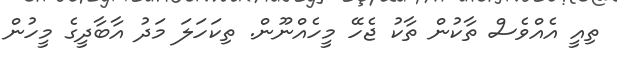
ތިއީ އެއްވެސް ތާކުން ތާކު ޖެހޭ މީހެއްނޫން. ތިކަހަލަ މަދު އާބާދީގެ މީހުން